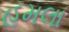
હૂમલા